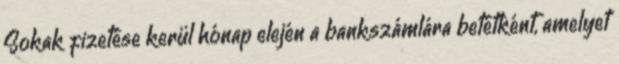
Sokak fizetése kerül hónap elején a bankszámlára betétként, amelyet